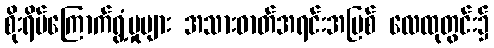
စိုးရိမ်ကြောက်ရွံ့မှုများ အသားဓာတ်အရင်းအမြစ် လေထုတွင်း၌